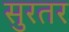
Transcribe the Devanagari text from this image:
सुरतर